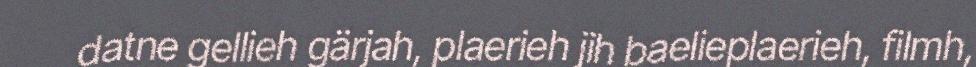
datne gellieh gärjah, plaerieh jih baelieplaerieh, filmh,